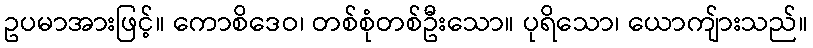
ဥပမာအားဖြင့်။ ကောစိဒေဝ၊ တစ်စုံတစ်ဦးသော။ ပုရိသော၊ ယောကျ်ားသည်။